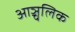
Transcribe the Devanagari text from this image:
आञ्चलिक